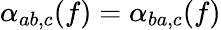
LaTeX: \alpha_{ab,c}(f)=\alpha_{ba,c}(f)